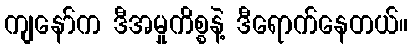
ကျနော်က ဒီအမှုကိစ္စနဲ့ ဒီရောက်နေတယ်။